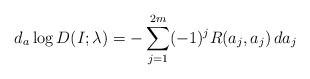
\begin{align*}d_a \log D(I;\lambda) = - \sum_{j=1}^{2m} (-1)^j R(a_j,a_j)\, da_j\end{align*}